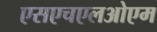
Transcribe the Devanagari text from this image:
एसएचएलओएम